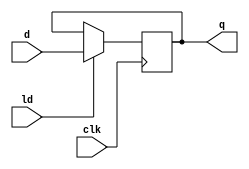
`timescale 1ns / 1ps

module reg32 (
        input clk,
        input ld,
        input [31:0] d,
        output [31:0] q
        );
        
        reg [31:0] val;
        
        always @ (posedge clk)
        begin
            if (ld) begin
                val <= d;
            end
        end
        
        assign q = val;
        
endmodule